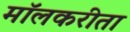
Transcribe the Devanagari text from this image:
मॉलकरीता